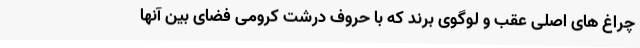
چراغ های اصلی عقب و لوگوی برند که با حروف درشت کرومی فضای بین آنها